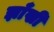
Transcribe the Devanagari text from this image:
झाँखी